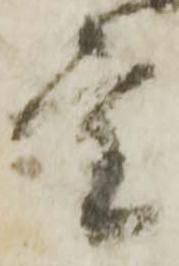
重